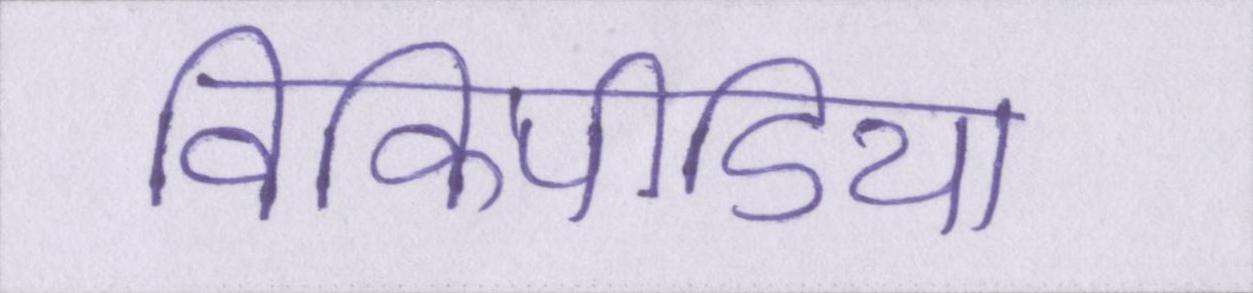
विकिपीडिया